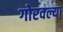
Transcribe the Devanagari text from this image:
गोरवल्या